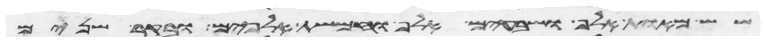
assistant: שש מאות אלף ושבעים אלף וחמשת אלפים ובקר שנים